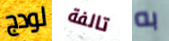
لودج تالفة به